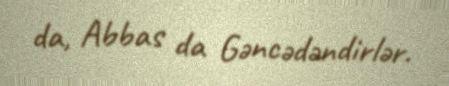
da, Abbas da Gəncədəndirlər.